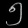
Digit: ၅